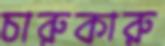
চারুকারু